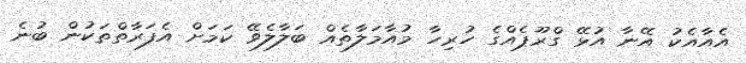
އެއާއެކު އޭނާ އުޅޭ ގްރޫޕެއްގެ ހުރިހާ މުއާމަލާތެއް ބަލާލެވޭ ކަމަށް އެފަރާތްތަކުން ބުނެ